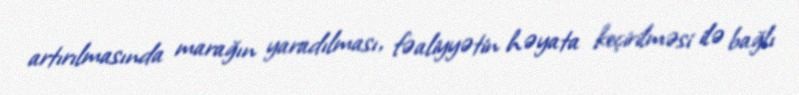
artırılmasında marağın yaradılması, fəaliyyətin həyata keçirilməsi ilə bağlı